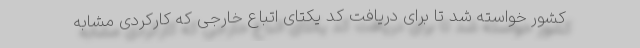
کشور خواسته شد تا برای دریافت کد یکتای اتباع خارجی که کارکردی مشابه